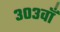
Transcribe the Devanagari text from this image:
३०३वाँ